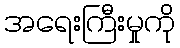
အရေးကြီးမှုကို